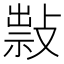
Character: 𢿆